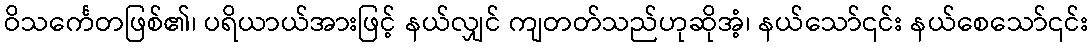
ဝိသင်္ကေတဖြစ်၏၊ ပရိယာယ်အားဖြင့် နယ်လျှင် ကျတတ်သည်ဟုဆိုအံ့၊ နယ်သော်၎င်း နယ်စေသော်၎င်း